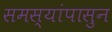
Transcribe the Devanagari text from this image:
समस्यांपासुन